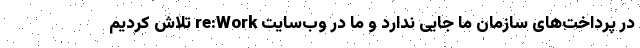
در پرداخت‌های سازمان ما جایی ندارد و ما در وب‌سایت re:Work تلاش کردیم